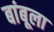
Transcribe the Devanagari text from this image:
बांबूला